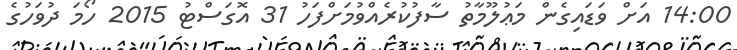
14:00 އަށް ވަޑައިގެން މަޢުލޫމާތު ސާފުކުރެއްވުމަށްފަހު 31 އޮގަސްޓު 2015 ހޯމަ ދުވަހުގެ